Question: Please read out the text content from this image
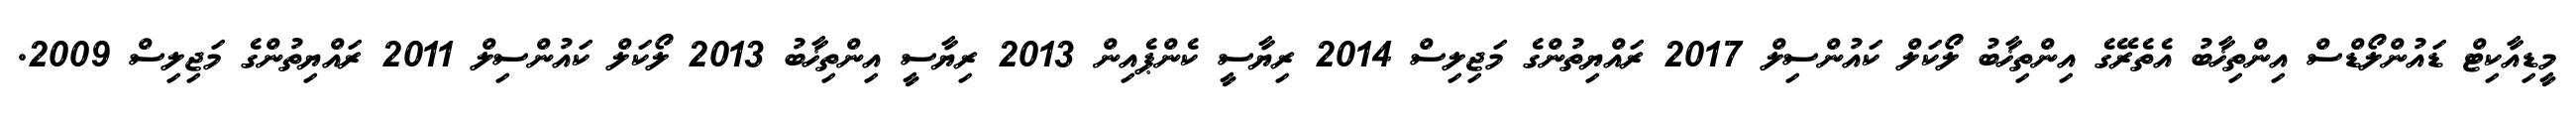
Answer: މީޑިއާކިޓް ޑައުންލޯޑްސް އިންތިޚާބު އެތެރޭގެ އިންތިޚާބު ލޯކަލް ކައުންސިލް 2017 ރައްޔިތުންގެ މަޖިލިސް 2014 ރިޔާސީ ކެންޕެއިން 2013 ރިޔާސީ އިންތިޚާބު 2013 ލޯކަލް ކައުންސިލް 2011 ރައްޔިތުންގެ މަޖިލިސް 2009.